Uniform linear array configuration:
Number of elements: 32
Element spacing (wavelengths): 0.75
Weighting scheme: uniform
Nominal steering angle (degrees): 60
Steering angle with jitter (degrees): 61.621
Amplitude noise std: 0.05
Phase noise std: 0.05

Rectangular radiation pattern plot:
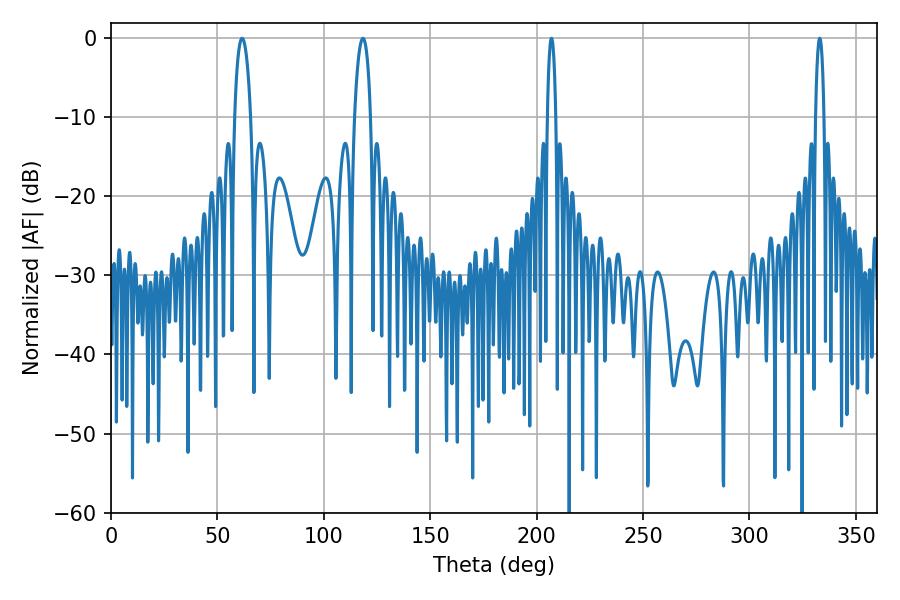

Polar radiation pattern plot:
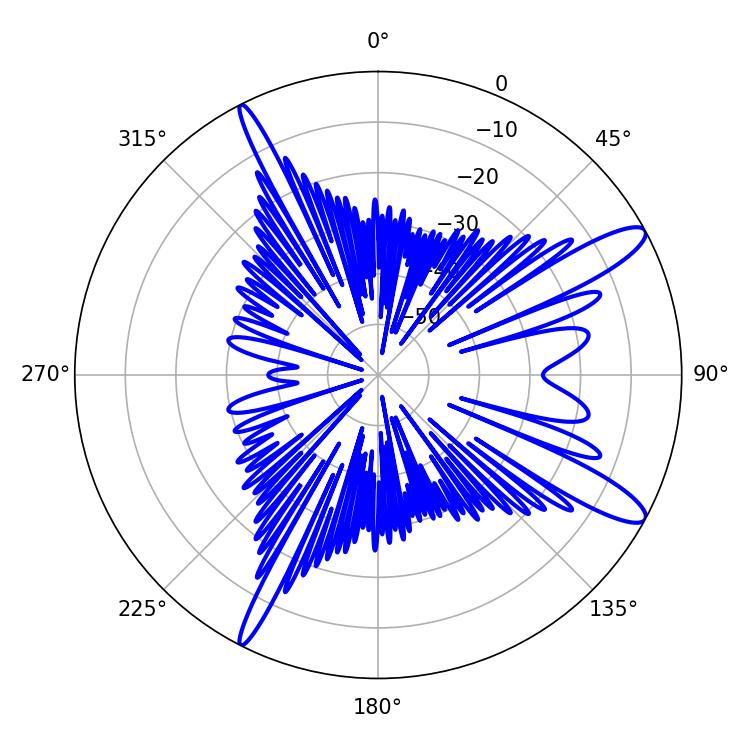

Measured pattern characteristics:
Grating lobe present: TRUE
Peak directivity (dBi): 12.533
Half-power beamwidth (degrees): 2.16
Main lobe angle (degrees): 207